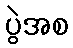
ပွဲအစ